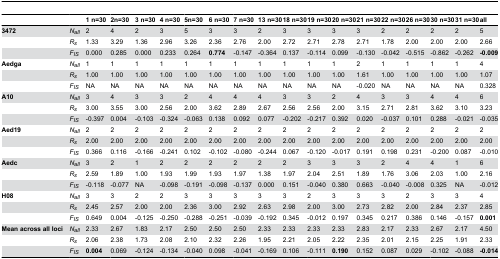
<table><thead><tr><td></td><td></td><td><b>1 n=30</b></td><td><b> 2n=30</b></td><td><b>3 n=30</b></td><td><b>4 n=30</b></td><td><b> 5n=30</b></td><td><b>6 n=30</b></td><td><b>7 n=30</b></td><td><b>13 n=30</b></td><td><b>18 n=30</b></td><td><b>19 n=30</b></td><td><b>20 n=30</b></td><td><b>21 n=30</b></td><td><b>22 n=30</b></td><td><b>26 n=30</b></td><td><b>30 n=30</b></td><td><b>31 n=30</b></td><td><b>all</b></td></tr></thead><tbody><tr><td><b>3472</b></td><td><i>N<sub>all</sub></i></td><td>2</td><td>4</td><td>2</td><td>3</td><td>5</td><td>3</td><td>3</td><td>2</td><td>3</td><td>3</td><td>3</td><td>3</td><td>2</td><td>2</td><td>2</td><td>2</td><td>5</td></tr><tr><td></td><td><i>R<sub>s</sub></i></td><td>1.33</td><td>3.29</td><td>1.36</td><td>2.96</td><td>3.26</td><td>2.36</td><td>2.76</td><td>2.00</td><td>2.72</td><td>2.71</td><td>2.78</td><td>2.71</td><td>1.78</td><td>2.00</td><td>2.00</td><td>2.00</td><td>2.66</td></tr><tr><td></td><td><i>F<sub>IS</sub></i></td><td>0.000</td><td>0.285</td><td>0.000</td><td>0.233</td><td>0.264</td><td><b>0.774</b></td><td>-0.147</td><td>-0.364</td><td>0.137</td><td>-0.114</td><td>0.099</td><td>-0.130</td><td>-0.042</td><td>-0.515</td><td>-0.862</td><td>-0.262</td><td><b>-0.009</b></td></tr><tr><td><b>Aedga</b></td><td><i>N<sub>all</sub></i></td><td>1</td><td>1</td><td>1</td><td>1</td><td>1</td><td>1</td><td>1</td><td>1</td><td>1</td><td>1</td><td>1</td><td>2</td><td>1</td><td>1</td><td>1</td><td>1</td><td>4</td></tr><tr><td></td><td><i>R<sub>s</sub></i></td><td>1.00</td><td>1.00</td><td>1.00</td><td>1.00</td><td>1.00</td><td>1.00</td><td>1.00</td><td>1.00</td><td>1.00</td><td>1.00</td><td>1.00</td><td>1.61</td><td>1.00</td><td>1.00</td><td>1.00</td><td>1.00</td><td>1.07</td></tr><tr><td></td><td><i>F<sub>IS</sub></i></td><td>NA</td><td>NA</td><td>NA</td><td>NA</td><td>NA</td><td>NA</td><td>NA</td><td>NA</td><td>NA</td><td>NA</td><td>NA</td><td>-0.020</td><td>NA</td><td>NA</td><td>NA</td><td>NA</td><td>0.328</td></tr><tr><td><b>A10</b></td><td><i>N<sub>all</sub></i></td><td>3</td><td>4</td><td>3</td><td>3</td><td>2</td><td>4</td><td>4</td><td>4</td><td>3</td><td>3</td><td>2</td><td>4</td><td>3</td><td>3</td><td>4</td><td>4</td><td>6</td></tr><tr><td></td><td><i>R<sub>s</sub></i></td><td>3.00</td><td>3.55</td><td>3.00</td><td>2.56</td><td>2.00</td><td>3.62</td><td>2.89</td><td>2.67</td><td>2.56</td><td>2.56</td><td>2.00</td><td>3.15</td><td>2.71</td><td>2.81</td><td>3.62</td><td>3.10</td><td>3.23</td></tr><tr><td></td><td><i>F<sub>IS</sub></i></td><td>-0.397</td><td>0.004</td><td>-0.103</td><td>-0.324</td><td>-0.063</td><td>0.138</td><td>0.092</td><td>0.077</td><td>-0.202</td><td>-0.217</td><td>0.392</td><td>0.020</td><td>-0.037</td><td>0.101</td><td>0.288</td><td>-0.021</td><td>-0.035</td></tr><tr><td><b>Aed19</b></td><td><i>N<sub>all</sub></i></td><td>2</td><td>2</td><td>2</td><td>2</td><td>2</td><td>2</td><td>2</td><td>2</td><td>2</td><td>2</td><td>2</td><td>2</td><td>2</td><td>2</td><td>2</td><td>2</td><td>2</td></tr><tr><td></td><td><i>R<sub>s</sub></i></td><td>2.00</td><td>2.00</td><td>2.00</td><td>2.00</td><td>2.00</td><td>2.00</td><td>2.00</td><td>2.00</td><td>2.00</td><td>2.00</td><td>2.00</td><td>2.00</td><td>2.00</td><td>2.00</td><td>2.00</td><td>2.00</td><td>2.00</td></tr><tr><td></td><td><i>F<sub>IS</sub></i></td><td>0.366</td><td>0.116</td><td>-0.166</td><td>-0.241</td><td>0.102</td><td>-0.102</td><td>-0.080</td><td>-0.244</td><td>0.067</td><td>-0.120</td><td>-0.017</td><td>0.191</td><td>0.198</td><td>0.231</td><td>-0.200</td><td>0.087</td><td>-0.010</td></tr><tr><td><b>Aedc</b></td><td><i>N<sub>all</sub></i></td><td>3</td><td>2</td><td>1</td><td>2</td><td>2</td><td>2</td><td>2</td><td>2</td><td>2</td><td>3</td><td>3</td><td>3</td><td>2</td><td>4</td><td>4</td><td>1</td><td>6</td></tr><tr><td></td><td><i>R<sub>s</sub></i></td><td>2.59</td><td>1.89</td><td>1.00</td><td>1.93</td><td>1.99</td><td>1.93</td><td>1.97</td><td>1.38</td><td>1.97</td><td>2.04</td><td>2.51</td><td>1.89</td><td>1.76</td><td>3.06</td><td>2.03</td><td>1.00</td><td>2.16</td></tr><tr><td></td><td><i>F<sub>IS</sub></i></td><td>-0.118</td><td>-0.077</td><td>NA</td><td>-0.098</td><td>-0.191</td><td>-0.098</td><td>-0.137</td><td>0.000</td><td>0.151</td><td>-0.040</td><td>0.380</td><td>0.663</td><td>-0.040</td><td>-0.008</td><td>0.325</td><td>NA</td><td>-0.012</td></tr><tr><td><b>H08</b></td><td><i>N<sub>all</sub></i></td><td>3</td><td>3</td><td>2</td><td>2</td><td>3</td><td>3</td><td>3</td><td>3</td><td>3</td><td>2</td><td>3</td><td>3</td><td>3</td><td>2</td><td>3</td><td>3</td><td>4</td></tr><tr><td></td><td><i>R<sub>s</sub></i></td><td>2.45</td><td>2.57</td><td>2.00</td><td>2.00</td><td>2.36</td><td>3.00</td><td>2.92</td><td>2.63</td><td>2.98</td><td>2.00</td><td>3.00</td><td>2.73</td><td>2.82</td><td>2.00</td><td>2.84</td><td>2.37</td><td>2.85</td></tr><tr><td></td><td><i>F<sub>IS</sub></i></td><td>0.649</td><td>0.004</td><td>-0.125</td><td>-0.250</td><td>-0.288</td><td>-0.251</td><td>-0.039</td><td>-0.192</td><td>0.345</td><td>-0.012</td><td>0.197</td><td>0.345</td><td>0.217</td><td>0.386</td><td>0.146</td><td>-0.157</td><td><b>0.001</b></td></tr><tr><td><b>Mean across all loci</b></td><td><i>N<sub>all</sub></i></td><td>2.33</td><td>2.67</td><td>1.83</td><td>2.17</td><td>2.50</td><td>2.50</td><td>2.50</td><td>2.33</td><td>2.33</td><td>2.33</td><td>2.33</td><td>2.83</td><td>2.17</td><td>2.33</td><td>2.67</td><td>2.17</td><td>4.50</td></tr><tr><td></td><td><i>R<sub>s</sub></i></td><td>2.06</td><td>2.38</td><td>1.73</td><td>2.08</td><td>2.10</td><td>2.32</td><td>2.26</td><td>1.95</td><td>2.21</td><td>2.05</td><td>2.22</td><td>2.35</td><td>2.01</td><td>2.15</td><td>2.25</td><td>1.91</td><td>2.33</td></tr><tr><td></td><td><i>F<sub>IS</sub></i></td><td><b>0.004</b></td><td>0.069</td><td>-0.124</td><td>-0.134</td><td>-0.040</td><td>0.098</td><td>-0.041</td><td>-0.169</td><td>0.106</td><td>-0.111</td><td><b>0.190</b></td><td>0.152</td><td>0.087</td><td>0.029</td><td>-0.102</td><td>-0.088</td><td><b>-0.014</b></td></tr></tbody></table>